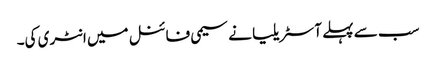
سب سے پہلے آسٹریلیا نے سیمی فائنل میں انٹری کی۔